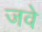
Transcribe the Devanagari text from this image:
जवे